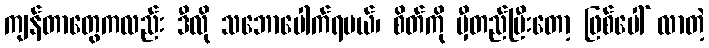
ကျန်တာတွေကလည်း ဒီလို သဘောပေါက်ရမယ်၊ စိတ်ကို မှီတည်ပြီးတော့ ဖြစ်ပေါ် လာတဲ့